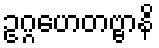
ဥဂ္ဂဟေတဗ္ဗာနိ